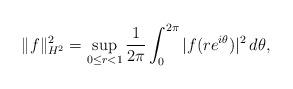
LaTeX: \begin{align*}\|f\|_{H^2}^2=\sup_{0\leq r<1}\frac{1}{2\pi}\int_0^{2\pi} |f(re^{i\theta})|^2\,d\theta,\end{align*}